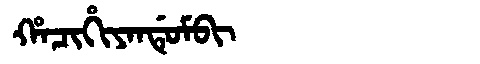
Manchu: ᡥᠠᠴᡳᡥᡳᠶᠠᠨᡩᡠᠮᠪᡳ
Romanization: HACIHIYANDUMBI